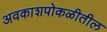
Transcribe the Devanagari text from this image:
अवकाशपोकळीतील